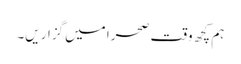
ہم کچھ وقت صحرا میں گزار یں۔